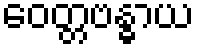
ဝေတ္တဗန္ဓာယ